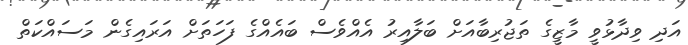
އަދި ވިދާޅުވީ މާޒީގެ ތަޖުރިބާއަށް ބަލާއިރު އެއްވެސް ބައެއްގެ ފަހަތަށް އަރައިގެން މަސައްކަތް